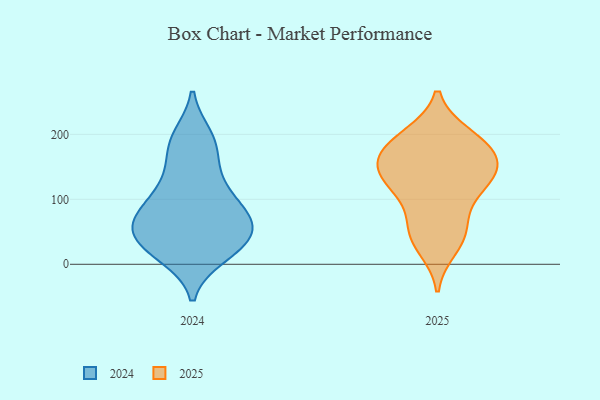
{"axis": {"x": "Page Views", "y": "Value"}, "legend": ["2024", "2025"], "data": [{"x": "", "y": 17, "type": "2024"}, {"x": "", "y": 186, "type": "2024"}, {"x": "", "y": 82, "type": "2024"}, {"x": "", "y": 125, "type": "2024"}, {"x": "", "y": 54, "type": "2024"}, {"x": "", "y": 61, "type": "2024"}, {"x": "", "y": 88, "type": "2024"}, {"x": "", "y": 89, "type": "2024"}, {"x": "", "y": 34, "type": "2024"}, {"x": "", "y": 189, "type": "2024"}, {"x": "", "y": 22, "type": "2024"}, {"x": "", "y": 41, "type": "2024"}, {"x": "", "y": 78, "type": "2024"}, {"x": "", "y": 49, "type": "2024"}, {"x": "", "y": 122, "type": "2024"}, {"x": "", "y": 196, "type": "2024"}, {"x": "", "y": 154, "type": "2024"}, {"x": "", "y": 14, "type": "2024"}, {"x": "", "y": 53, "type": "2024"}, {"x": "", "y": 161, "type": "2025"}, {"x": "", "y": 198, "type": "2025"}, {"x": "", "y": 197, "type": "2025"}, {"x": "", "y": 171, "type": "2025"}, {"x": "", "y": 66, "type": "2025"}, {"x": "", "y": 128, "type": "2025"}, {"x": "", "y": 141, "type": "2025"}, {"x": "", "y": 26, "type": "2025"}, {"x": "", "y": 106, "type": "2025"}, {"x": "", "y": 166, "type": "2025"}, {"x": "", "y": 49, "type": "2025"}, {"x": "", "y": 188, "type": "2025"}, {"x": "", "y": 121, "type": "2025"}, {"x": "", "y": 44, "type": "2025"}, {"x": "", "y": 155, "type": "2025"}, {"x": "", "y": 130, "type": "2025"}]}